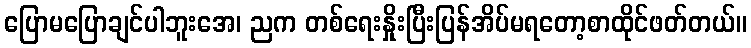
ပြောမပြောချင်ပါဘူးအေ၊ ညက တစ်ရေးနှိုးပြီးပြန်အိပ်မရတော့စာထိုင်ဖတ်တယ်။